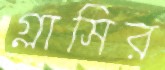
গ্লাসির